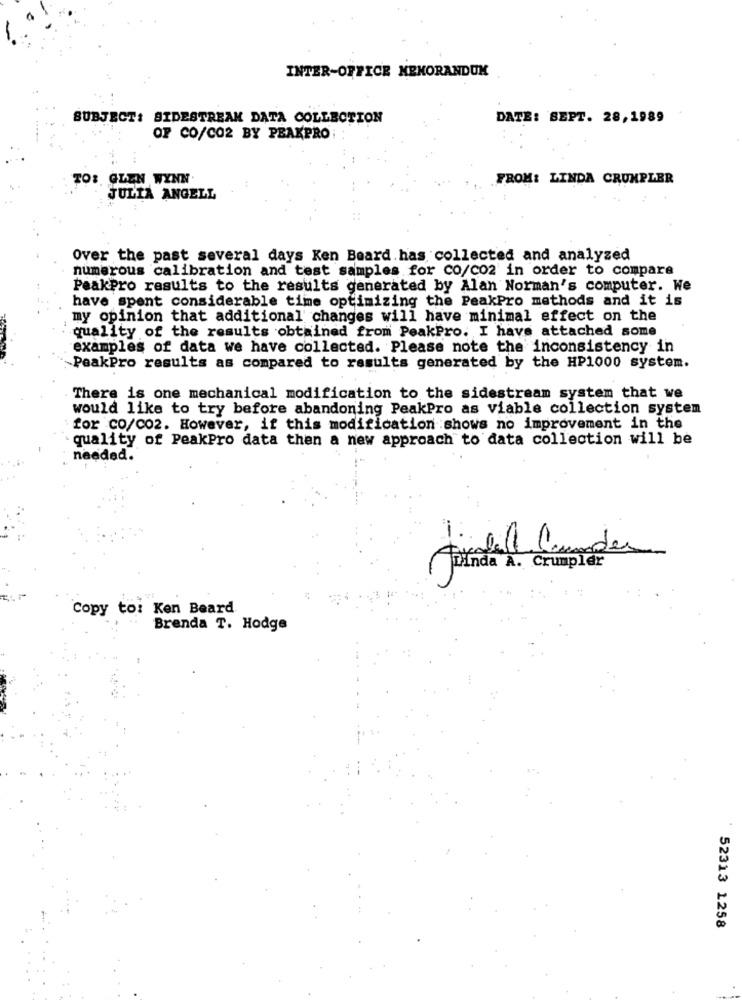
INTER-OFFICE MEMORANDUM
SUBJECT: SIDESTREAM DATA COLLECTION
DATE: SEPT. 28,1989
OF CO/CO2 BY PEAKPRO:
TO: GLEN WYNN
FROM: LINDA CRUMPLER
JULIA ANGELL
Over the past several days Ken Board has collected and analyzed
numerous calibration and test samples for co/co2 in order to compare
PeakPro results to the results generated by Alan Norman's computer. We
have spent considerable time optimizing the PeakPro methods and it is
my opinion that additional changes will have minimal effect on the
quality of the results obtained from PeakPro. I have attached some
examples of data we have collected. Please note the inconsistency in
PeakPro results as compared to results generated by the HP1000 system.
There is one mechanical modification to the sidestream system that we
would like to try before abandoning PeakPro as viable collection system
for CO/CO2. However, if this modification shows no improvement in the
quality of PeakPro data then a new approach to data collection will be
needed.
findall Grunder
Dinda A. Crumpler
Copy to: Ken Beard
Brenda T. Hodge
52313 1258